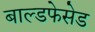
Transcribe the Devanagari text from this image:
बाल्डफेसेड